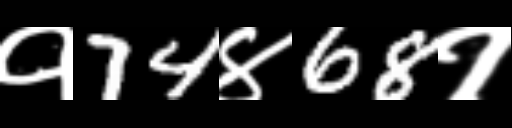
Text: १74४68१